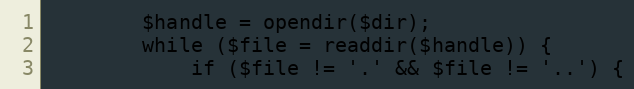
Language: PHP
        $handle = opendir($dir);
        while ($file = readdir($handle)) {
            if ($file != '.' && $file != '..') {